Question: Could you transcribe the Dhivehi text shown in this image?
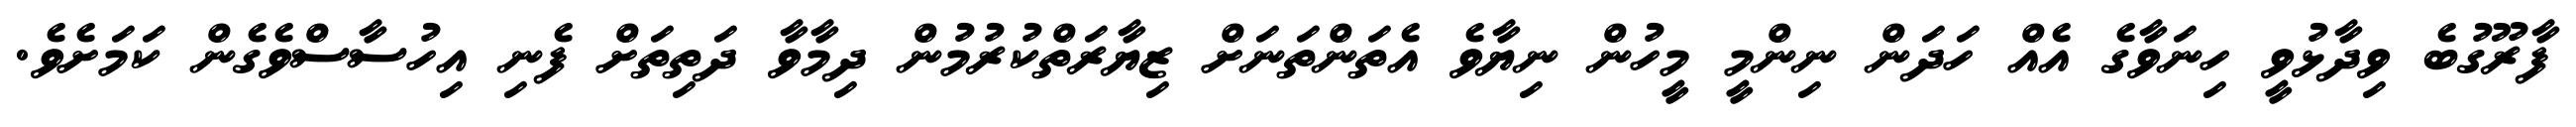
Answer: ފާރޫގުބެ ވިދާޅުވީ ހިނަވާގެ އެއް ހަދަން ނިންމީ މީހުން ނިޔާވެ އެތަންތަނަށް ޒިޔާރަތްކުރުމުން ދިމާވާ ދަތިތަށް ފެނި އިހުސާސްވެގެން ކަމަށެވެ.